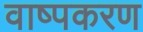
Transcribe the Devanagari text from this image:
वाष्पकरण